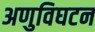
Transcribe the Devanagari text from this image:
अणुविघटन